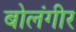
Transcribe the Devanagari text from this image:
बोलंगीर